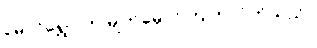
မောင်ရွှေဝါက မျက်မှောင်ကြုတ်လိုက်သည်။